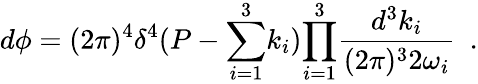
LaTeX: d\phi=(2\pi)^{4}\delta^{4}(P-{\sum_{i=1}^{3}}k_{i}){\prod_{i=1}^{3}}\frac{d^{3}k_{i}}{(2\pi)^{3}2\omega_{i}}~~.